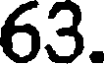
63.